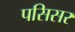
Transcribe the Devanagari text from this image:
पसिसर